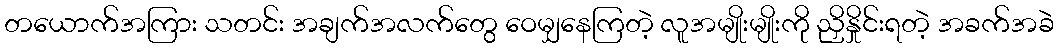
တယောက်အကြား သတင်း အချက်အလက်တွေ ဝေမျှနေကြတဲ့ လူအမျိုးမျိုးကို ညှိနှိုင်းရတဲ့ အခက်အခဲ